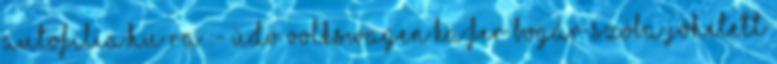
autofilia.hu ra :- Üdv Volkswagen Ka:fer Bogár szóba jöhetett